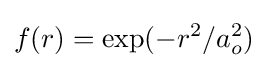
f(r)=\exp(-r^{2}/a_{o}^{2})